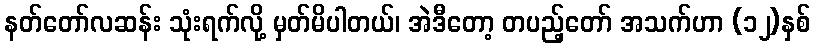
နတ်တော်လဆန်း သုံးရက်လို့ မှတ်မိပါတယ်၊ အဲဒီတော့ တပည့်တော် အသက်ဟာ (၁၂)နှစ်